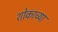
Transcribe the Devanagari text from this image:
शोकाच्या